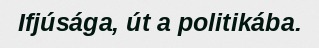
Ifjúsága, út a politikába.